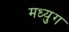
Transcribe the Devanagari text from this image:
मध्युग